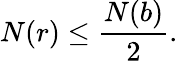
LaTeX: N(r)\leq{\frac{N(b)}{2}}.